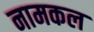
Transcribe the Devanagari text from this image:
नामकल